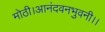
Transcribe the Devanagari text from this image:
मोठी।आनंदवनभुवनी।।